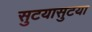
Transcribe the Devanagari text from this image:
सुटयासुटया